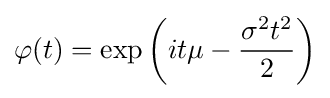
\varphi (t)=\exp \left(it\mu -{\sigma ^{2}t^{2} \over 2}\right)